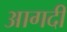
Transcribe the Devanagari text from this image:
आगदी